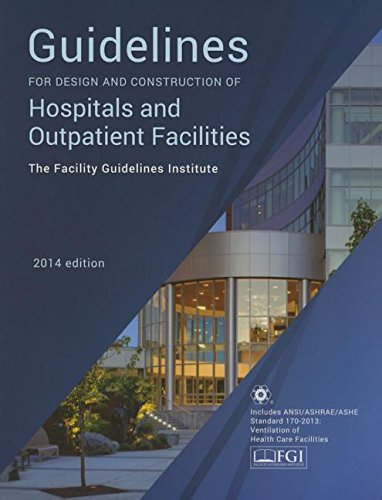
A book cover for Guidelines for Design and Construction of Hospitals and Outpatient Facilities 2014; Facility Guidelines Institute; Medical Books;